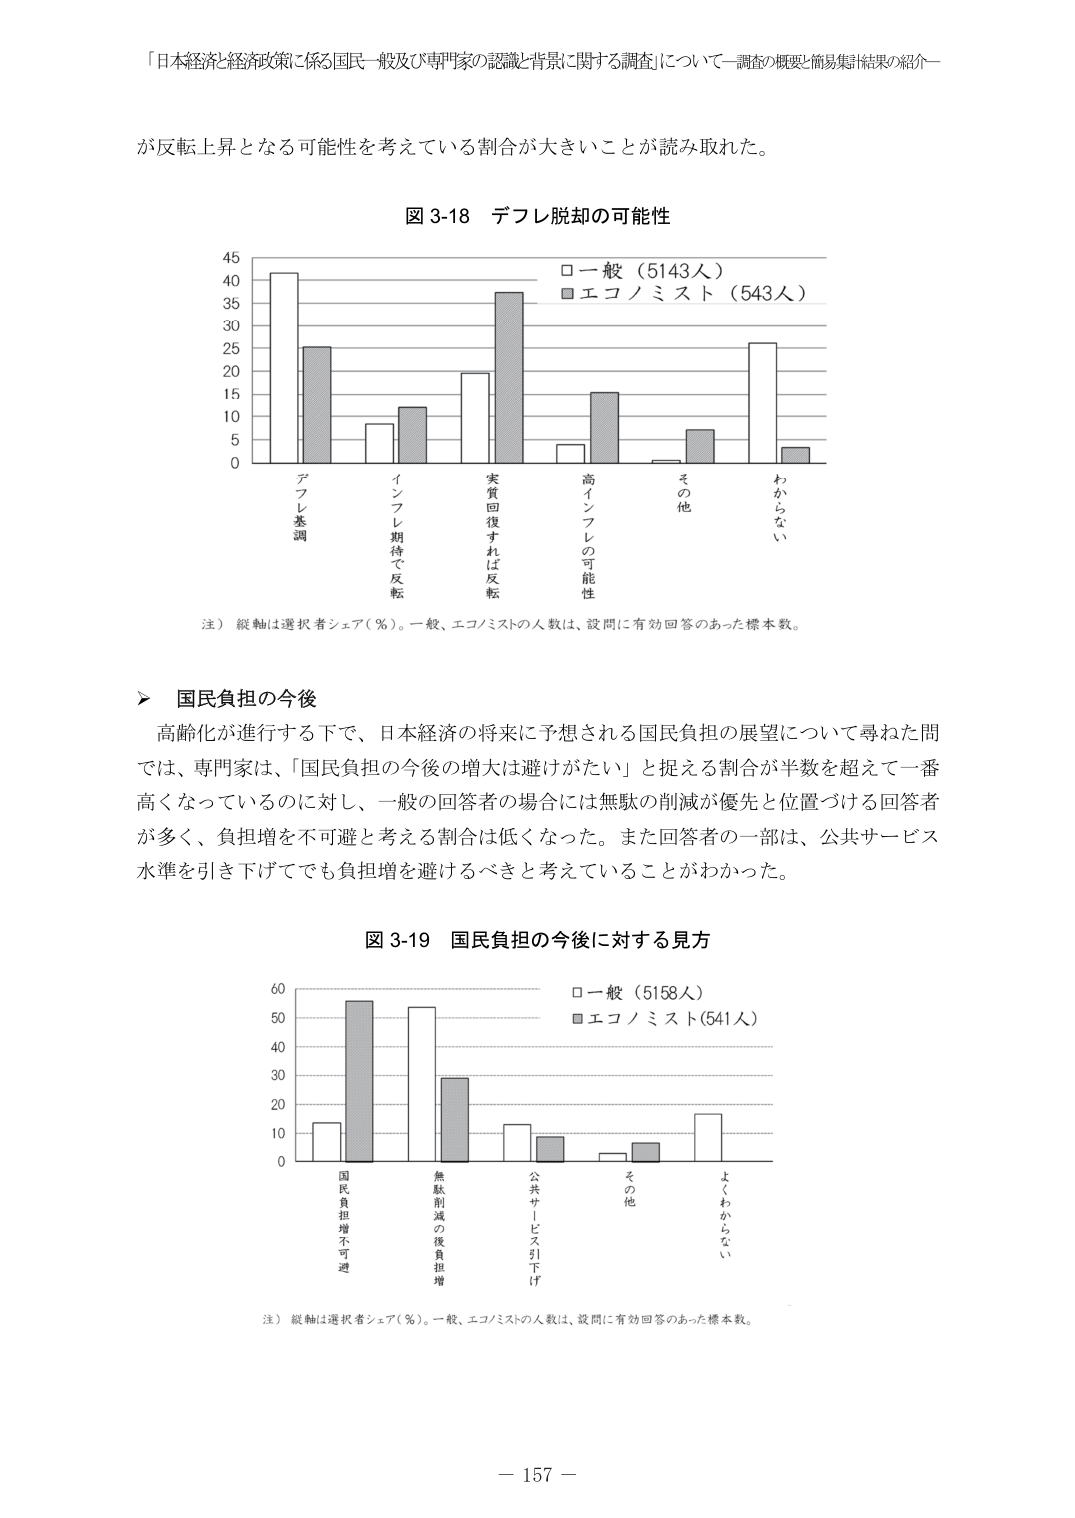
「日本経済と経済政策に係る国民一般及び専門家の認識と背景に関する調査」について－調査の概要と簡易集計結果の紹介－

が反転上昇となる可能性を考えている割合が大きいことが読み取れた。

図 3-18 デフレ脱却の可能性

□一般（5143人）
■エコノミスト（543人）

45
40
35
30
25
20
15
10
5
0

デフレ基調
インフレ期待で反転
実質回復すれば反転
高インフレの可能性
その他
わからない

注）縦軸は選択者シェア（％）。一般、エコノミストの人数は、設問に有効回答のあった標本数。

＞ 国民負担の今後

高齢化が進行する下で、日本経済の将来に予想される国民負担の展望について尋ねた問では、専門家は、「国民負担の今後の増大は避けがたい」と捉える割合が半数を超えて一番高くなっているのに対し、一般の回答者の場合には無駄の削減が優先と位置づける回答者が多く、負担増を不可避と考える割合は低くなった。また回答者の一部は、公共サービス水準を引き下げてでも負担増を避けるべきと考えていることがわかった。

図 3-19 国民負担の今後に対する見方

□一般（5158人）
■エコノミスト（541人）

60
50
40
30
20
10
0

国民負担増不可避
無駄削減の後負担増
公共サービス引下げ
その他
よくわからない

注）縦軸は選択者シェア（％）。一般、エコノミストの人数は、設問に有効回答のあった標本数。

－ 157 －